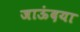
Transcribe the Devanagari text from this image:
जाऊंदया